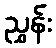
ညွှန်း